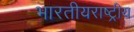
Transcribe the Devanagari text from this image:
भारतीयराष्ट्रीय